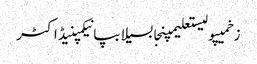
زخمیپولیستعلیمپنجابسیلابپانیکمپنیڈاکٹر